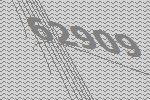
62909